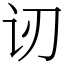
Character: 讱